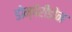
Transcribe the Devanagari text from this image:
डोम्पेरीडोन